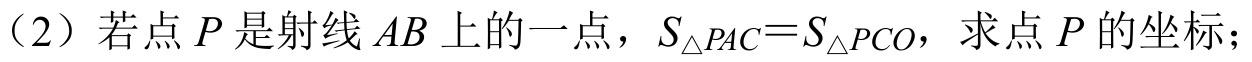
（2）若点 \(P\) 是射线 \(AB\) 上的一点，\(S_{\triangle PAC}=S_{\triangle PCO}\)，求点 \(P\) 的坐标；